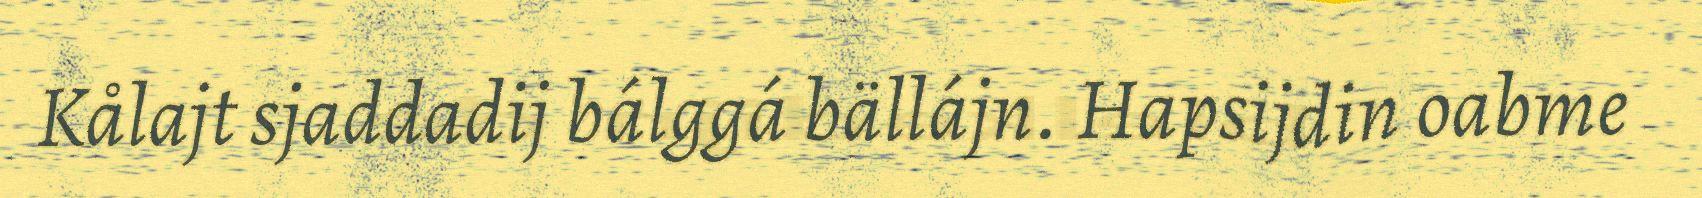
Kålajt sjaddadij bálggá bällájn. Hapsijdin oabme